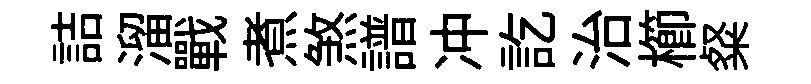
詰溜戰煮煞譜冲訖治櫛粲